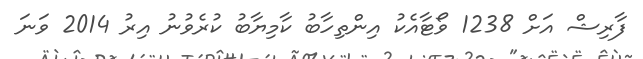
ފާރިޝް އަށް 1238 ވޯޓާއެކު އިންތިހާބު ކާމިޔާބު ކުރެވުނު އިރު 2014 ވަނަ